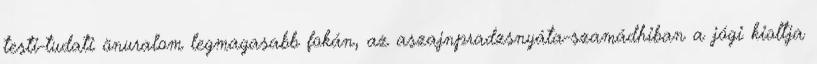
testi-tudati önuralom legmagasabb fokán, az aszajnpradzsnyáta-szamádhiban a jógi kioltja